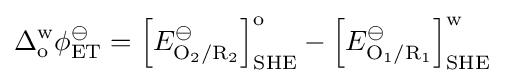
\Delta _{\text{o}}^{\text{w}}\phi _{\text{ET}}^{\ominus }=\left[E_{{\text{O}}_{2}/{\text{R}}_{2}}^{\ominus }\right]_{\text{SHE}}^{\text{o}}-\left[E_{{\text{O}}_{1}/{\text{R}}_{1}}^{\ominus }\right]_{\text{SHE}}^{\text{w}}